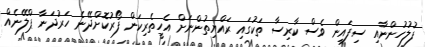
ފުލުހުންނާއި ސިފައިން ވެސް ކާރިސާ ތަކުގައި ރައްޔިތުންނަށް އެހީތެރިކަން ފޯރުކޮށްދޭނެ ހަރުދަނާ ޕްލޭނެއް